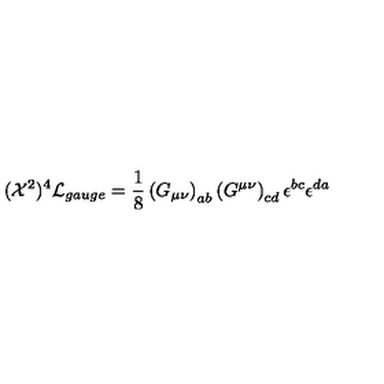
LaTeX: ( { \cal X } ^ { 2 } ) ^ { 4 } { \cal L } _ { g a u g e } = \frac { 1 } { 8 } \left( G _ { \mu \nu } \right) _ { a b } \left( G ^ { \mu \nu } \right) _ { c d } \epsilon ^ { b c } \epsilon ^ { d a }